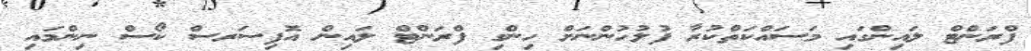
ފްރަންޓް ލައިންގައި މަސައްކަތްކުރާ ފުލުހުންނަށް ހިންގި ފްރަންޓް ލައިން އޮފިސަރސް ކޯސް ނިންމައި